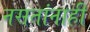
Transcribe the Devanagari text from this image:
नसतांनाहीं